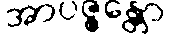
အာပဇ္ဇန္တော